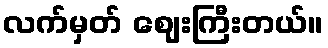
လက်မှတ် ဈေးကြီးတယ်။